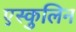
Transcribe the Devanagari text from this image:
एस्कुलिन